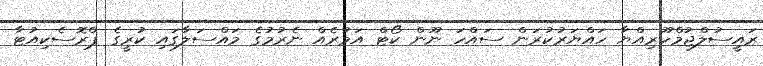
ރައީސުލްޖުމްހޫރިއްޔާ ހައްޔަރުކުރަން ސައްހަ ނޫން ކޯޓް އަމުރެއް ނެރުމުގެ މައްސަލާގައި ކުރީގެ ޕްރޮސެކިއުޓާ